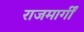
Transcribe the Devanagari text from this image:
राजमार्गीं